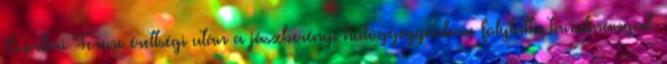
Csorbai Ferenc érettségi után a jászberényi hûtôgépgyárban folytatta tanulmányait.